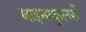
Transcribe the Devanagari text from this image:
बाइनाकुलरों